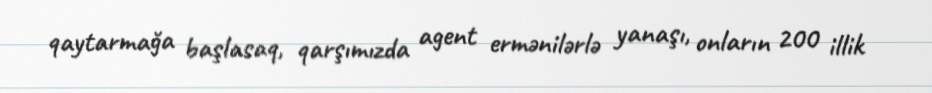
qaytarmağa başlasaq, qarşımızda agent ermənilərlə yanaşı, onların 200 illik